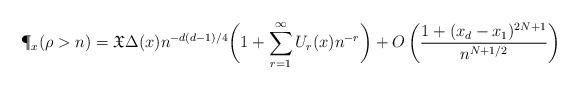
LaTeX: \begin{align*}\P_x(\rho > n) & = \mathfrak{X} \Delta(x) n^{-d(d-1)/4} \bigg( 1 + \sum_{r=1}^{\infty} U_r(x) n^{-r} \bigg)+ O\left(\frac{1+(x_d - x_1)^{2N + 1}}{n^{N+1/2}}\right)\end{align*}